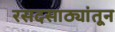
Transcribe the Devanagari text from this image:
रसदसाठ्यांतून